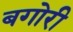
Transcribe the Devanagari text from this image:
बगोरी